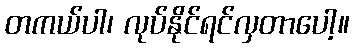
တကယ်ပါ၊ လုပ်နိုင်ရင်လှတာပေါ့။